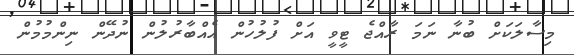
މިސާލަކަށް ބުނާ ނަމަ ރާއްޖެ ޓީވީ އަށް ފުލުހުން އެއްބާރުލުން ނުދޭން ނިންމުމުން